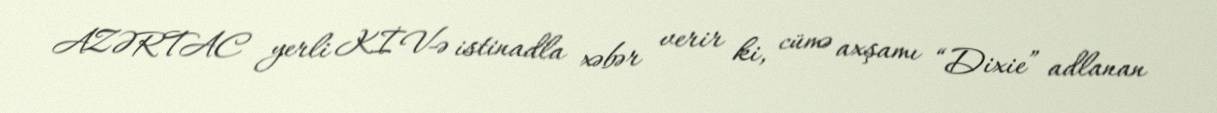
AZƏRTAC yerli KİV-ə istinadla xəbər verir ki, cümə axşamı “Dixie” adlanan